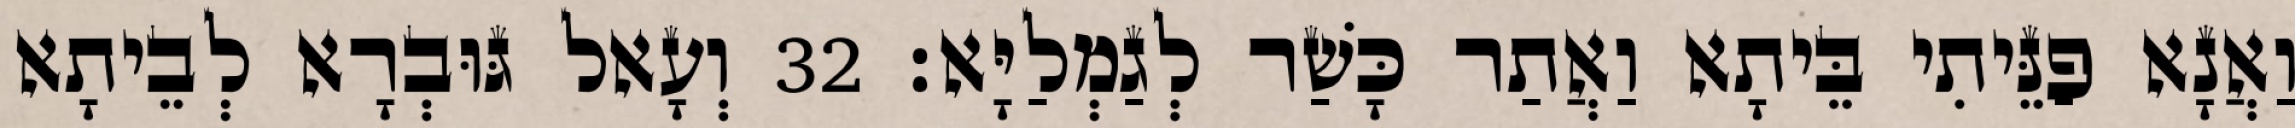
וַאֲנָא פַנֵּיתִי בֵּיתָא וַאֲתַר כָּשַׁר לְגַמְלַיָּא׃ 32 וְעָאל גּוּבְרָא לְבֵיתָא